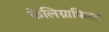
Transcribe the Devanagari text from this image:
केलिग्राफिस्ट